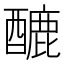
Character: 𨢷